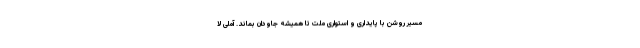
مسیر روشن با پایداری و استواری ملت تا همیشه جاودان بماند. آملی لا